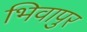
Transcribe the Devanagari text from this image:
भिवापुर